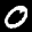
Label: 0